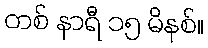
တစ် နာရီ ၁၅ မိနစ်။